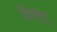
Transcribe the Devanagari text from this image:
विनोद्